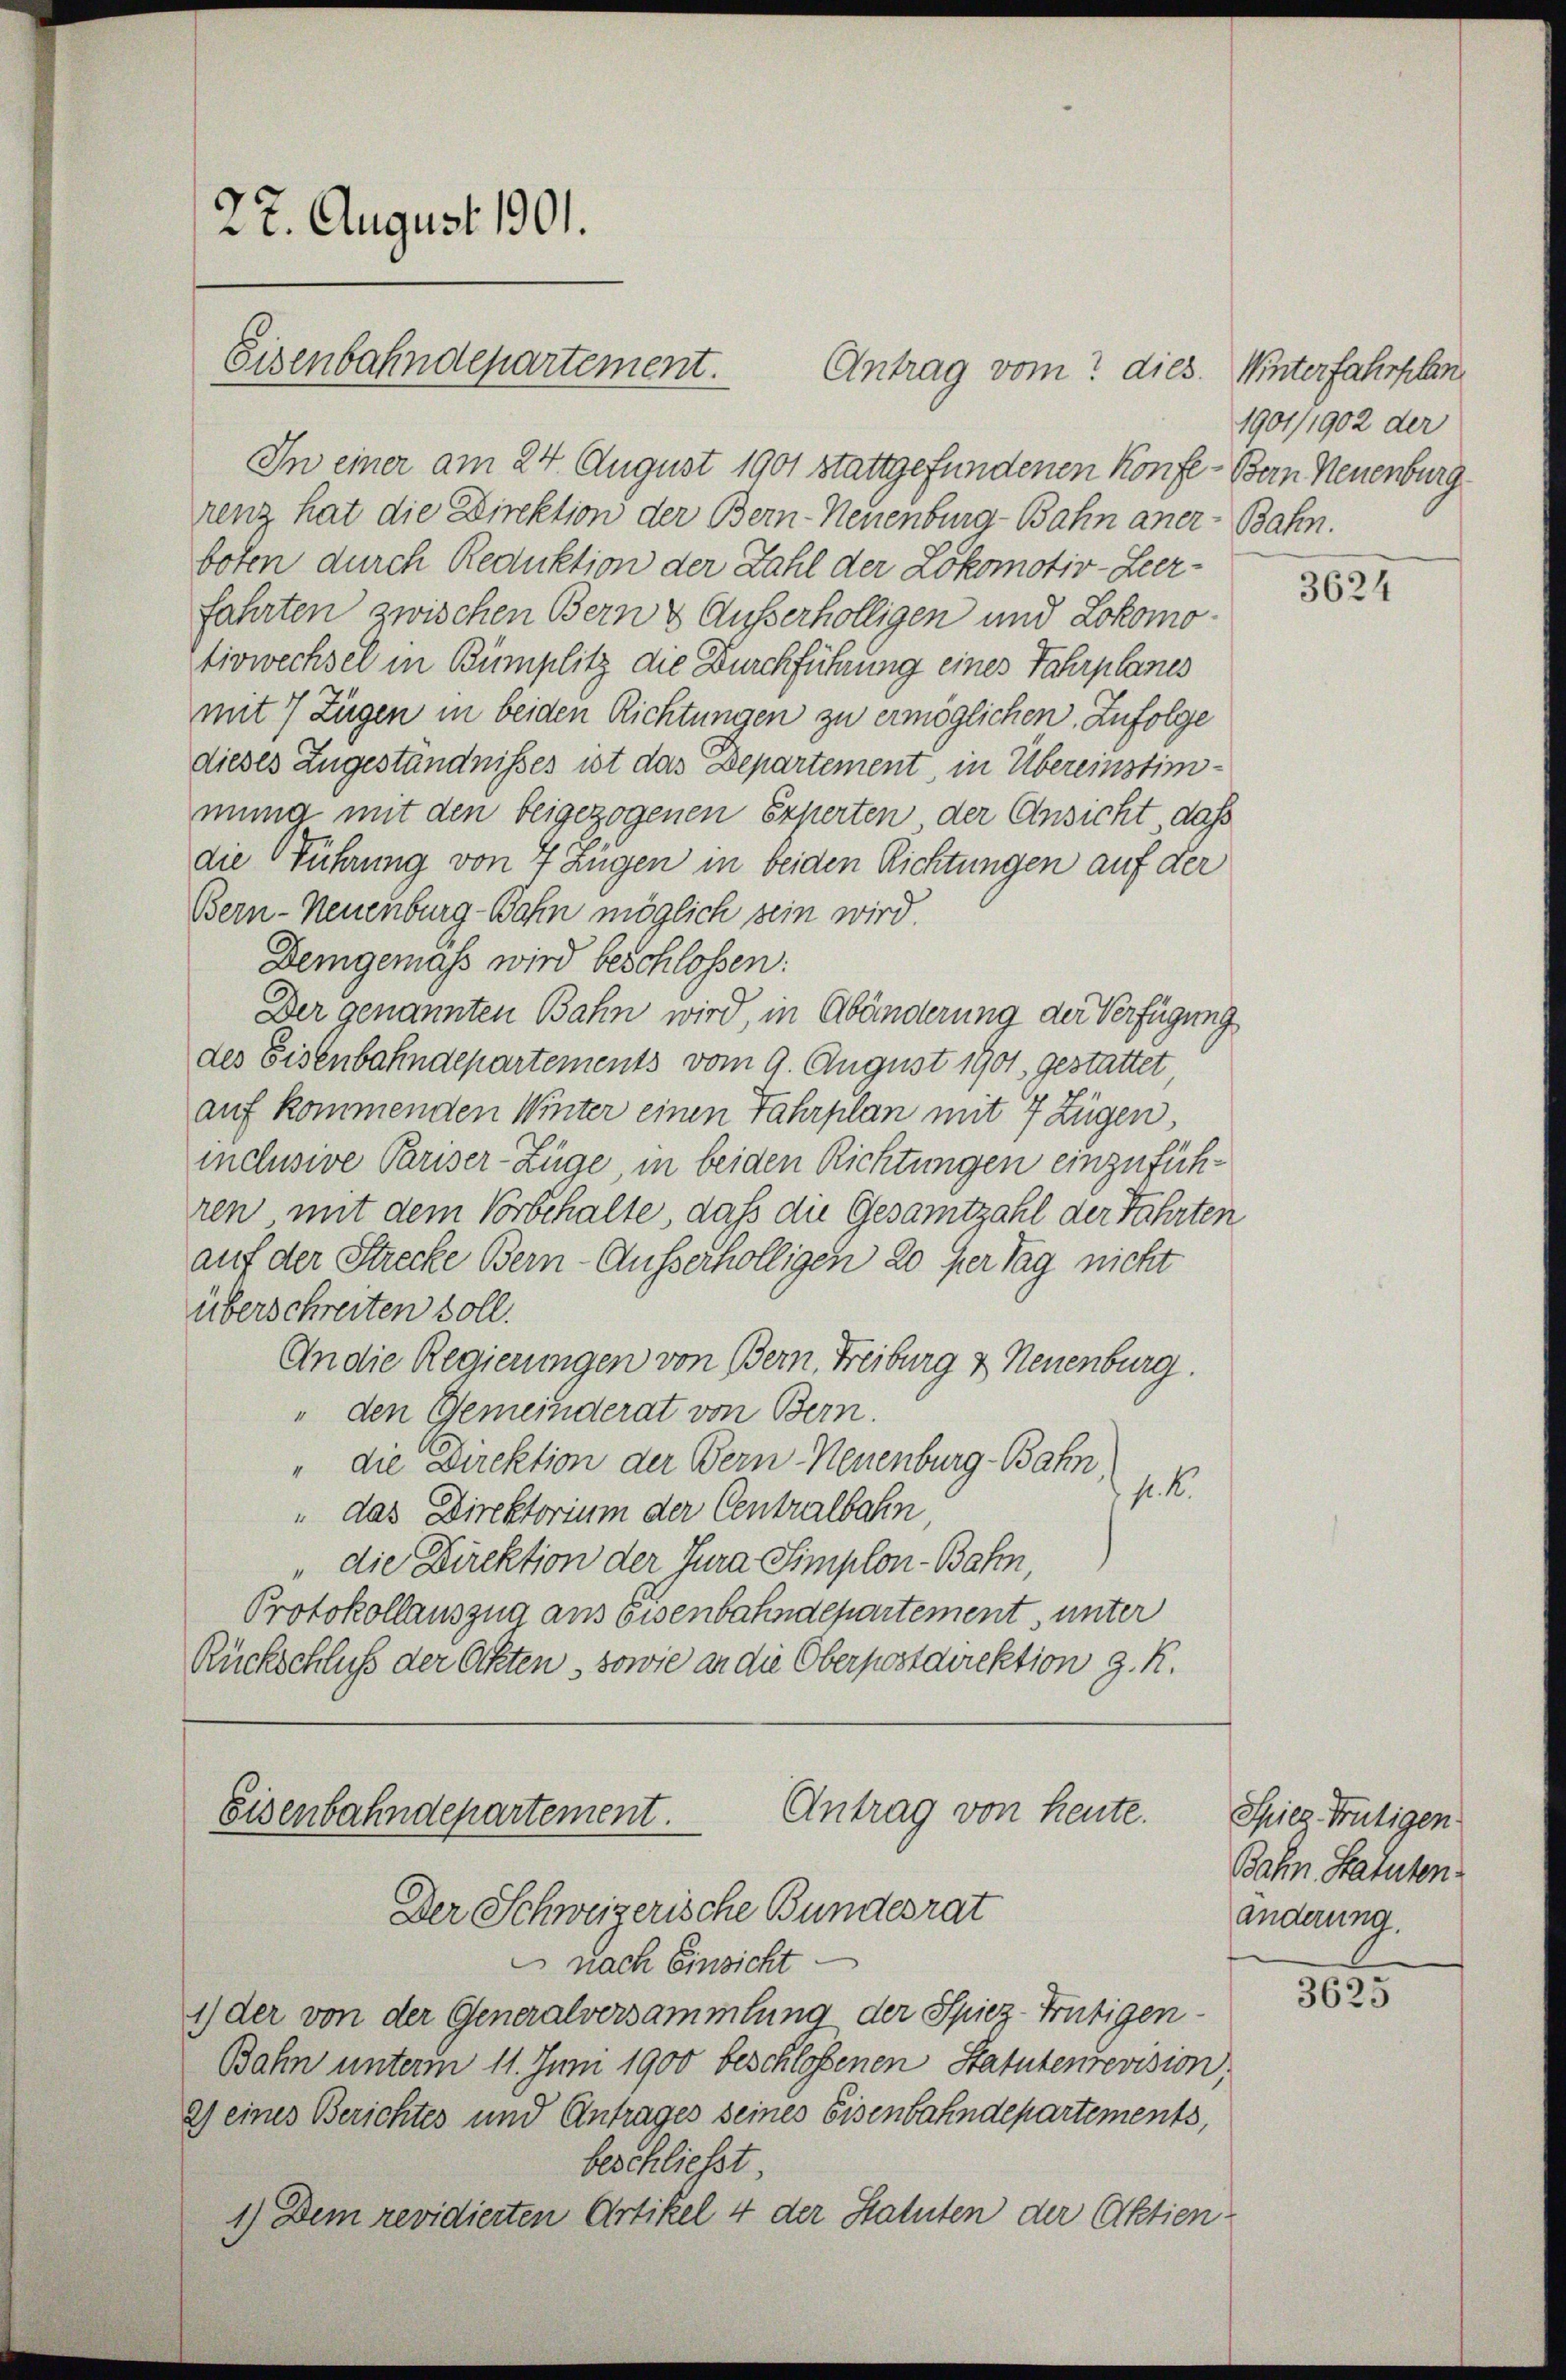
22. August 1901.
Eisenbahndepartement.

In einer am 24. August 1901 stattgefundenen Konfe- Bern Neuenburg
renz hat die Direktion der Bern-Neuenburg-Bahn aner-Bahn.
boten durch Reduktion der Zahl der Lokomotiv-Leerfahrten zwischen Bern & Ausserhölligen und Lokomo¬
Stivwechsel in Bümplitz die Durchführung eines Fahrplanes
mit 7 Zügen in beiden Richtungen zu ermöglichen. Zufolge
dieses Zugeständnisses ist das Departement, in Übereinstimmung mit den beigezogenen Experten der Ansicht dass
die Führung von 7 Zügen in beiden Richtungen auf der
Bern-Neuenburg-Bahn möglich sein wird.
Demgemäss wird beschlossen:
Der genannten Bahn wird, in Abänderung der Verfügung
des Eisenbahndepartements vom 9. August 1901, gestattet
auf kommenden Winter einen Fahrplan mit 7 Zügen,
inclusive Pariser-Züge, in beiden Richtungen einzuführen mit dem Vorbehalte, daß die Gesamtzahl der Fahrten
auf der Strecke Bern-Ausserhölligen 20 der Tag nicht
überschreiten soll.
An die Regierungen von Bern, Freiburg & Neuenburg.
" den Gemeinderat von Bern.
" die Direktion der Bern Neuenburg-Bahn
1. k.
" das Direktorium der Centralbahn,
" die Direktion der Jura Simplon-Bahn,
Protokollauszug aus Eisenbahndepartement, unter
Rückschluß der Akten, sowie an die Oberpostdirektion z. R.

Antrag von heute.
Eisenbahndepartement.
Der Schweizerische Bundesrat

Antrag vom? dies. Winterfahrplan

nach Einsicht
1) der von der Generalversammlung der Spiez-Trütigen-
Bahn unterm 11. Juni 1900 beschloßenen Statutenrevision,
2) eines Berichtes und Antrages seines Eisenbahndepartements,
beschliesst.
1.) Dem revidierten Artikel 4 der Statuten der Aktien

1901/1902 der

3624

Spiez Frutigen
Bahn Statuten.
änderung.

3625